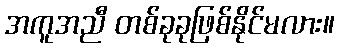
အကူအညီ တစ်ခုခုဖြစ်နိုင်မလား။